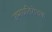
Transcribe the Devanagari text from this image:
उष्माप्रतिरोधक